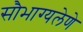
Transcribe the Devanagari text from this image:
सौभाग्यलेणे